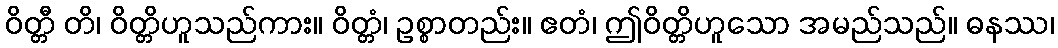
ဝိတ္တီ တိ၊ ဝိတ္တိဟူသည်ကား။ ဝိတ္တံ၊ ဥစ္စာတည်း။ ဧတံ၊ ဤဝိတ္တိဟူသော အမည်သည်။ ဓနဿ၊